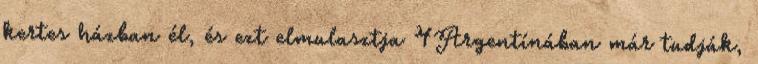
kertes házban él, és ezt elmulasztja 4Argentínában már tudják,